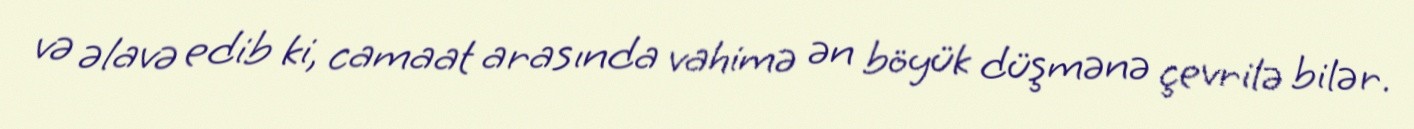
və əlavə edib ki, camaat arasında vahimə ən böyük düşmənə çevrilə bilər.